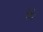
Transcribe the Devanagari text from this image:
है॑।